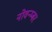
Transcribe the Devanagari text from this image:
नोवन्म्बर